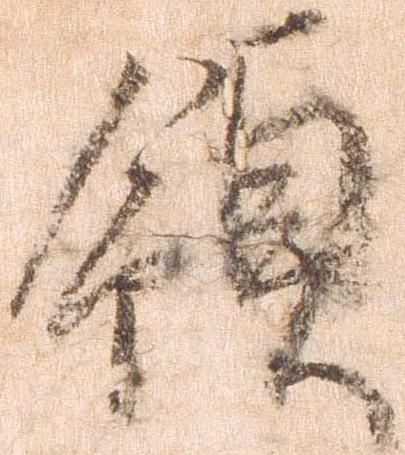
領